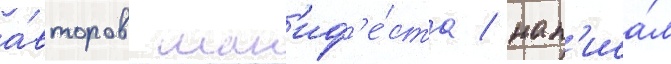
а́второв ман'иф'е́ста / нап'иса́л